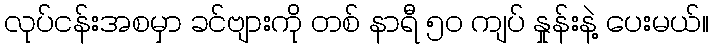
လုပ်ငန်းအစမှာ ခင်ဗျားကို တစ် နာရီ ၅၀ ကျပ် နှုန်းနဲ့ ပေးမယ်။